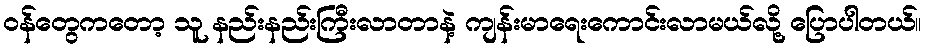
ဝန်တွေကတော့ သူ နည်းနည်းကြီးလာတာနဲ့ ကျန်းမာရေးကောင်းလာမယ်လို့ ပြောပါတယ်။